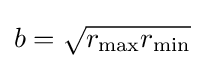
b={\sqrt {r_{\text{max}}r_{\text{min}}}}